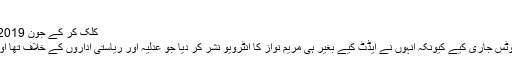
‘
کلک کر کے جون 2019 کی ڈیٹا رپورٹ کا جائزہ لے لیں:
6 جولائی کو پیمرا نے چینلز کو نوٹس جاری کیے کیونکہ انہوں نے ایڈٹ کیے بغیر ہی مریم نواز کا انٹرویو نشر کر دیا جو عدلیہ اور ریاستی اداروں کے خلاف تھا اور پیمرا کے قوانین کے خلاف ہے۔